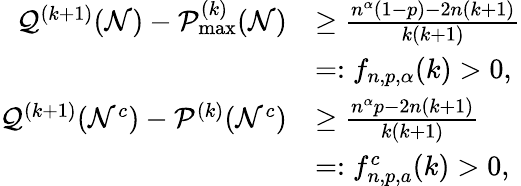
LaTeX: \begin{array}{rl}{\mathcal{Q}^{(k+1)}({\cal N})-\mathcal{P}_{\operatorname*{max}}^{(k)}({\cal N})}&{\geq\frac{n^{\alpha}(1-p)-2n(k+1)}{k(k+1)}}\\ &{=:f_{n,p,\alpha}(k)>0,}\\ {\mathcal{Q}^{(k+1)}({\cal N}^{c})-\mathcal{P}^{(k)}({\cal N}^{c})}&{\geq\frac{n^{\alpha}p-2n(k+1)}{k(k+1)}}\\ &{=:f_{n,p,a}^{c}(k)>0,}\end{array}